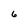
Character: 6